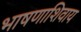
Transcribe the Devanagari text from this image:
भाषणाशिवाय